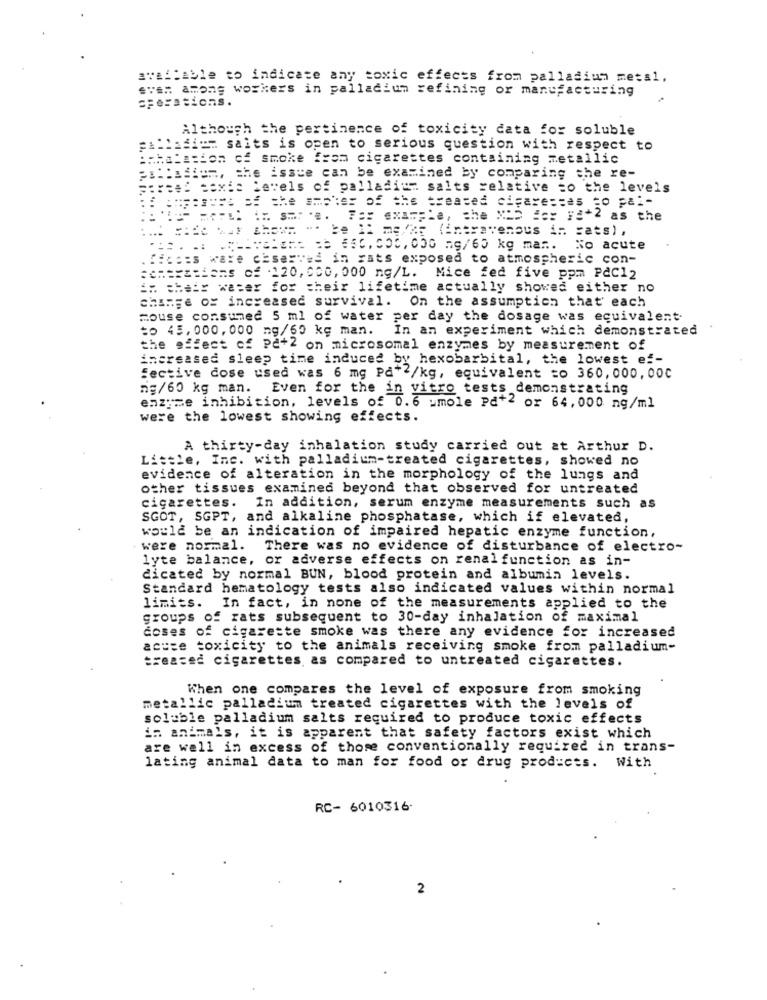
available to indicate any toxic effects from palladium metal,
ev## among workers in palladium refining or manufacturing
Although the pertinence of toxicity data for soluble
alladich salts is open to serious question with respect to
PANELation CE smoke from cigarettes containing metallic
er !! affon, the issue can be examined by comparing the re-
Forced sexis levels of palladi salts relative to the levels
AF:appe as the amples of the treated cigarettes to pal-
=== = ========= = = 56.05,05 mg/60 kg man. No acute
ficoes ware ciserved in rats exposed to atmospheric con-
:enesstiens of 120, 000, 000 ng/L. Mice fed five pom Pac12
in their water for their lifetime actually showed either no
chumFe of increased survival. On the assumption that each
mouse consumed 5 ml of water per day the dosage was equivalent
to 45,000,000 ng/60 kg man.
In an experiment which demonstrated
the effect of Pe+2 on microsomal enzymes by measurement of
increased sleep time induced by hexobarbital, the lowest ef-
fective cose used was 6 mg På*/kg, equivalent to 360,000,00℃
ng/60 kg man. Even for the in vitro tests demonstrating
enzyme inhibition, levels of 0.6 umole Pa+2 or 64,000 ng/ml
were the lowest showing effects.
A thirty-day inhalation study carried out at Arthur D.
Little, Inc. with palladium-treated cigarettes, showed no
evidence of alteration in the morphology of the lungs and
other tissues examined beyond that observed for untreated
cigarettes. In addition, serum enzyme measurements such as
SGOT, SGPT, and alkaline phosphatase, which if elevated,
would be an indication of impaired hepatic enzyme function,
were normal.
There was no evidence of disturbance of electro-
lyte balance, or adverse effects on renal function as in-
dicated by normal BUN, blood protein and albumin levels.
Standard hematology tests also indicated values within normal
limits. In fact, in none of the measurements applied to the
groups of rats subsequent to 30-day inhalation of maximal
doses of cigarette smoke was there any evidence for increased
acute toxicity to the animals receiving smoke from palladium-
treated cigarettes as compared to untreated cigarettes.
When one compares the level of exposure from smoking
metallic palladium treated cigarettes with the levels of
soluble palladium salts required to produce toxic effects
in animals, it is apparent that safety factors exist which
are well in excess of those conventionally required in trans-
lating animal data to man for food or drug products. With
RC- 6010316-
2